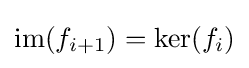
\operatorname {im} (f_{i+1})=\operatorname {ker} (f_{i})